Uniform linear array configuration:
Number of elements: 64
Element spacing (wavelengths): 1
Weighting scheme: blackman
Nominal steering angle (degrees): -15
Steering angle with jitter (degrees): -15.493
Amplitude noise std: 0.05
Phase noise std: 0.05

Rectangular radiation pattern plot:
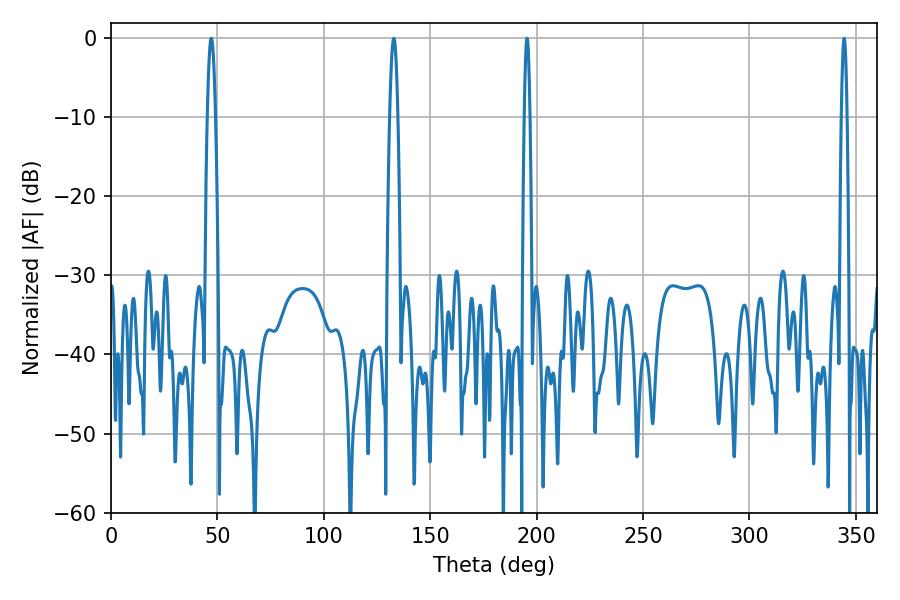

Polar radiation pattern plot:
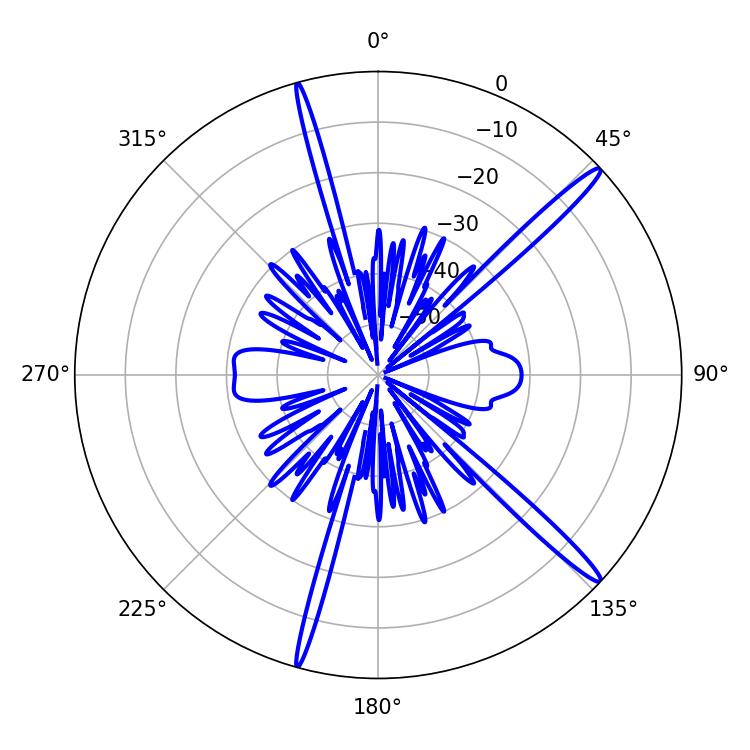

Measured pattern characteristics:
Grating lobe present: TRUE
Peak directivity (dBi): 16.583
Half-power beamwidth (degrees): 1.44
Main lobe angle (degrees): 344.52